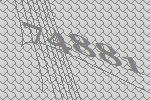
74881